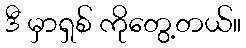
ဒီ မှာရှစ် ကိုတွေ့တယ်။